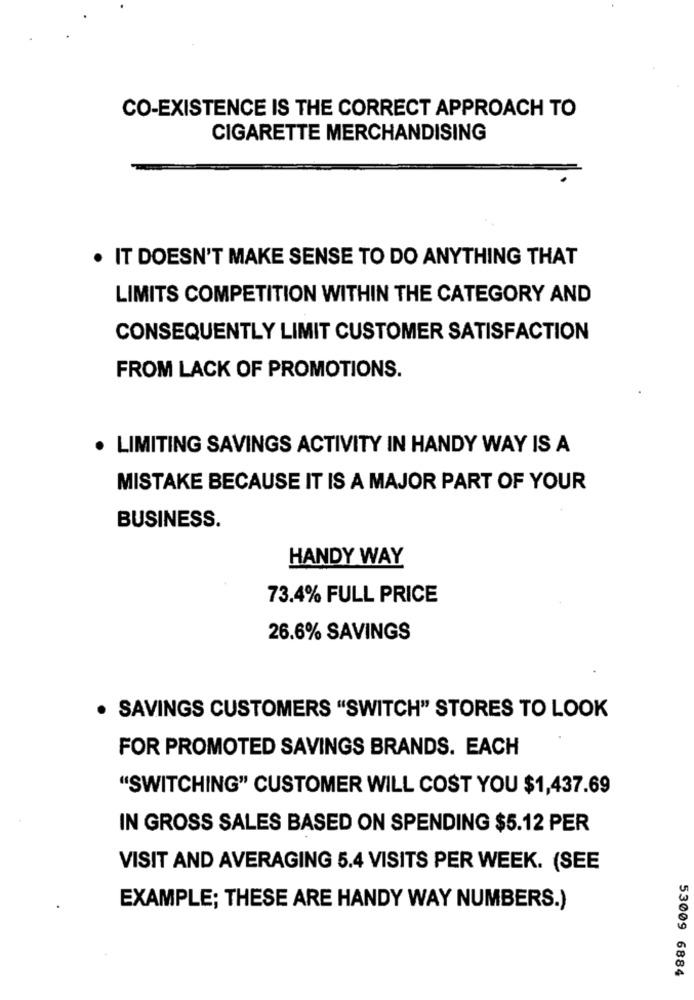
CO-EXISTENCE IS THE CORRECT APPROACH TO
CIGARETTE MERCHANDISING
. IT DOESN'T MAKE SENSE TO DO ANYTHING THAT
LIMITS COMPETITION WITHIN THE CATEGORY AND
CONSEQUENTLY LIMIT CUSTOMER SATISFACTION
FROM LACK OF PROMOTIONS.
· LIMITING SAVINGS ACTIVITY IN HANDY WAY IS A
MISTAKE BECAUSE IT IS A MAJOR PART OF YOUR
BUSINESS.
HANDY WAY
73.4% FULL PRICE
26.6% SAVINGS
. SAVINGS CUSTOMERS "SWITCH" STORES TO LOOK
FOR PROMOTED SAVINGS BRANDS. EACH
"SWITCHING" CUSTOMER WILL COST YOU $1,437.69
IN GROSS SALES BASED ON SPENDING $5.12 PER
VISIT AND AVERAGING 5.4 VISITS PER WEEK. (SEE
EXAMPLE; THESE ARE HANDY WAY NUMBERS.)
53009 6884